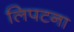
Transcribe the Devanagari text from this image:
लिपटना